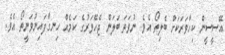
އޭސީސީން ކިހާވަރަކަށް ބެލިތޯ އެވެ. ނުވަތަ ބަލަން ޖެހޭވަރުގެ ކަމެއް ހިނގާފައިނުވަނީތޯ އެވެ.